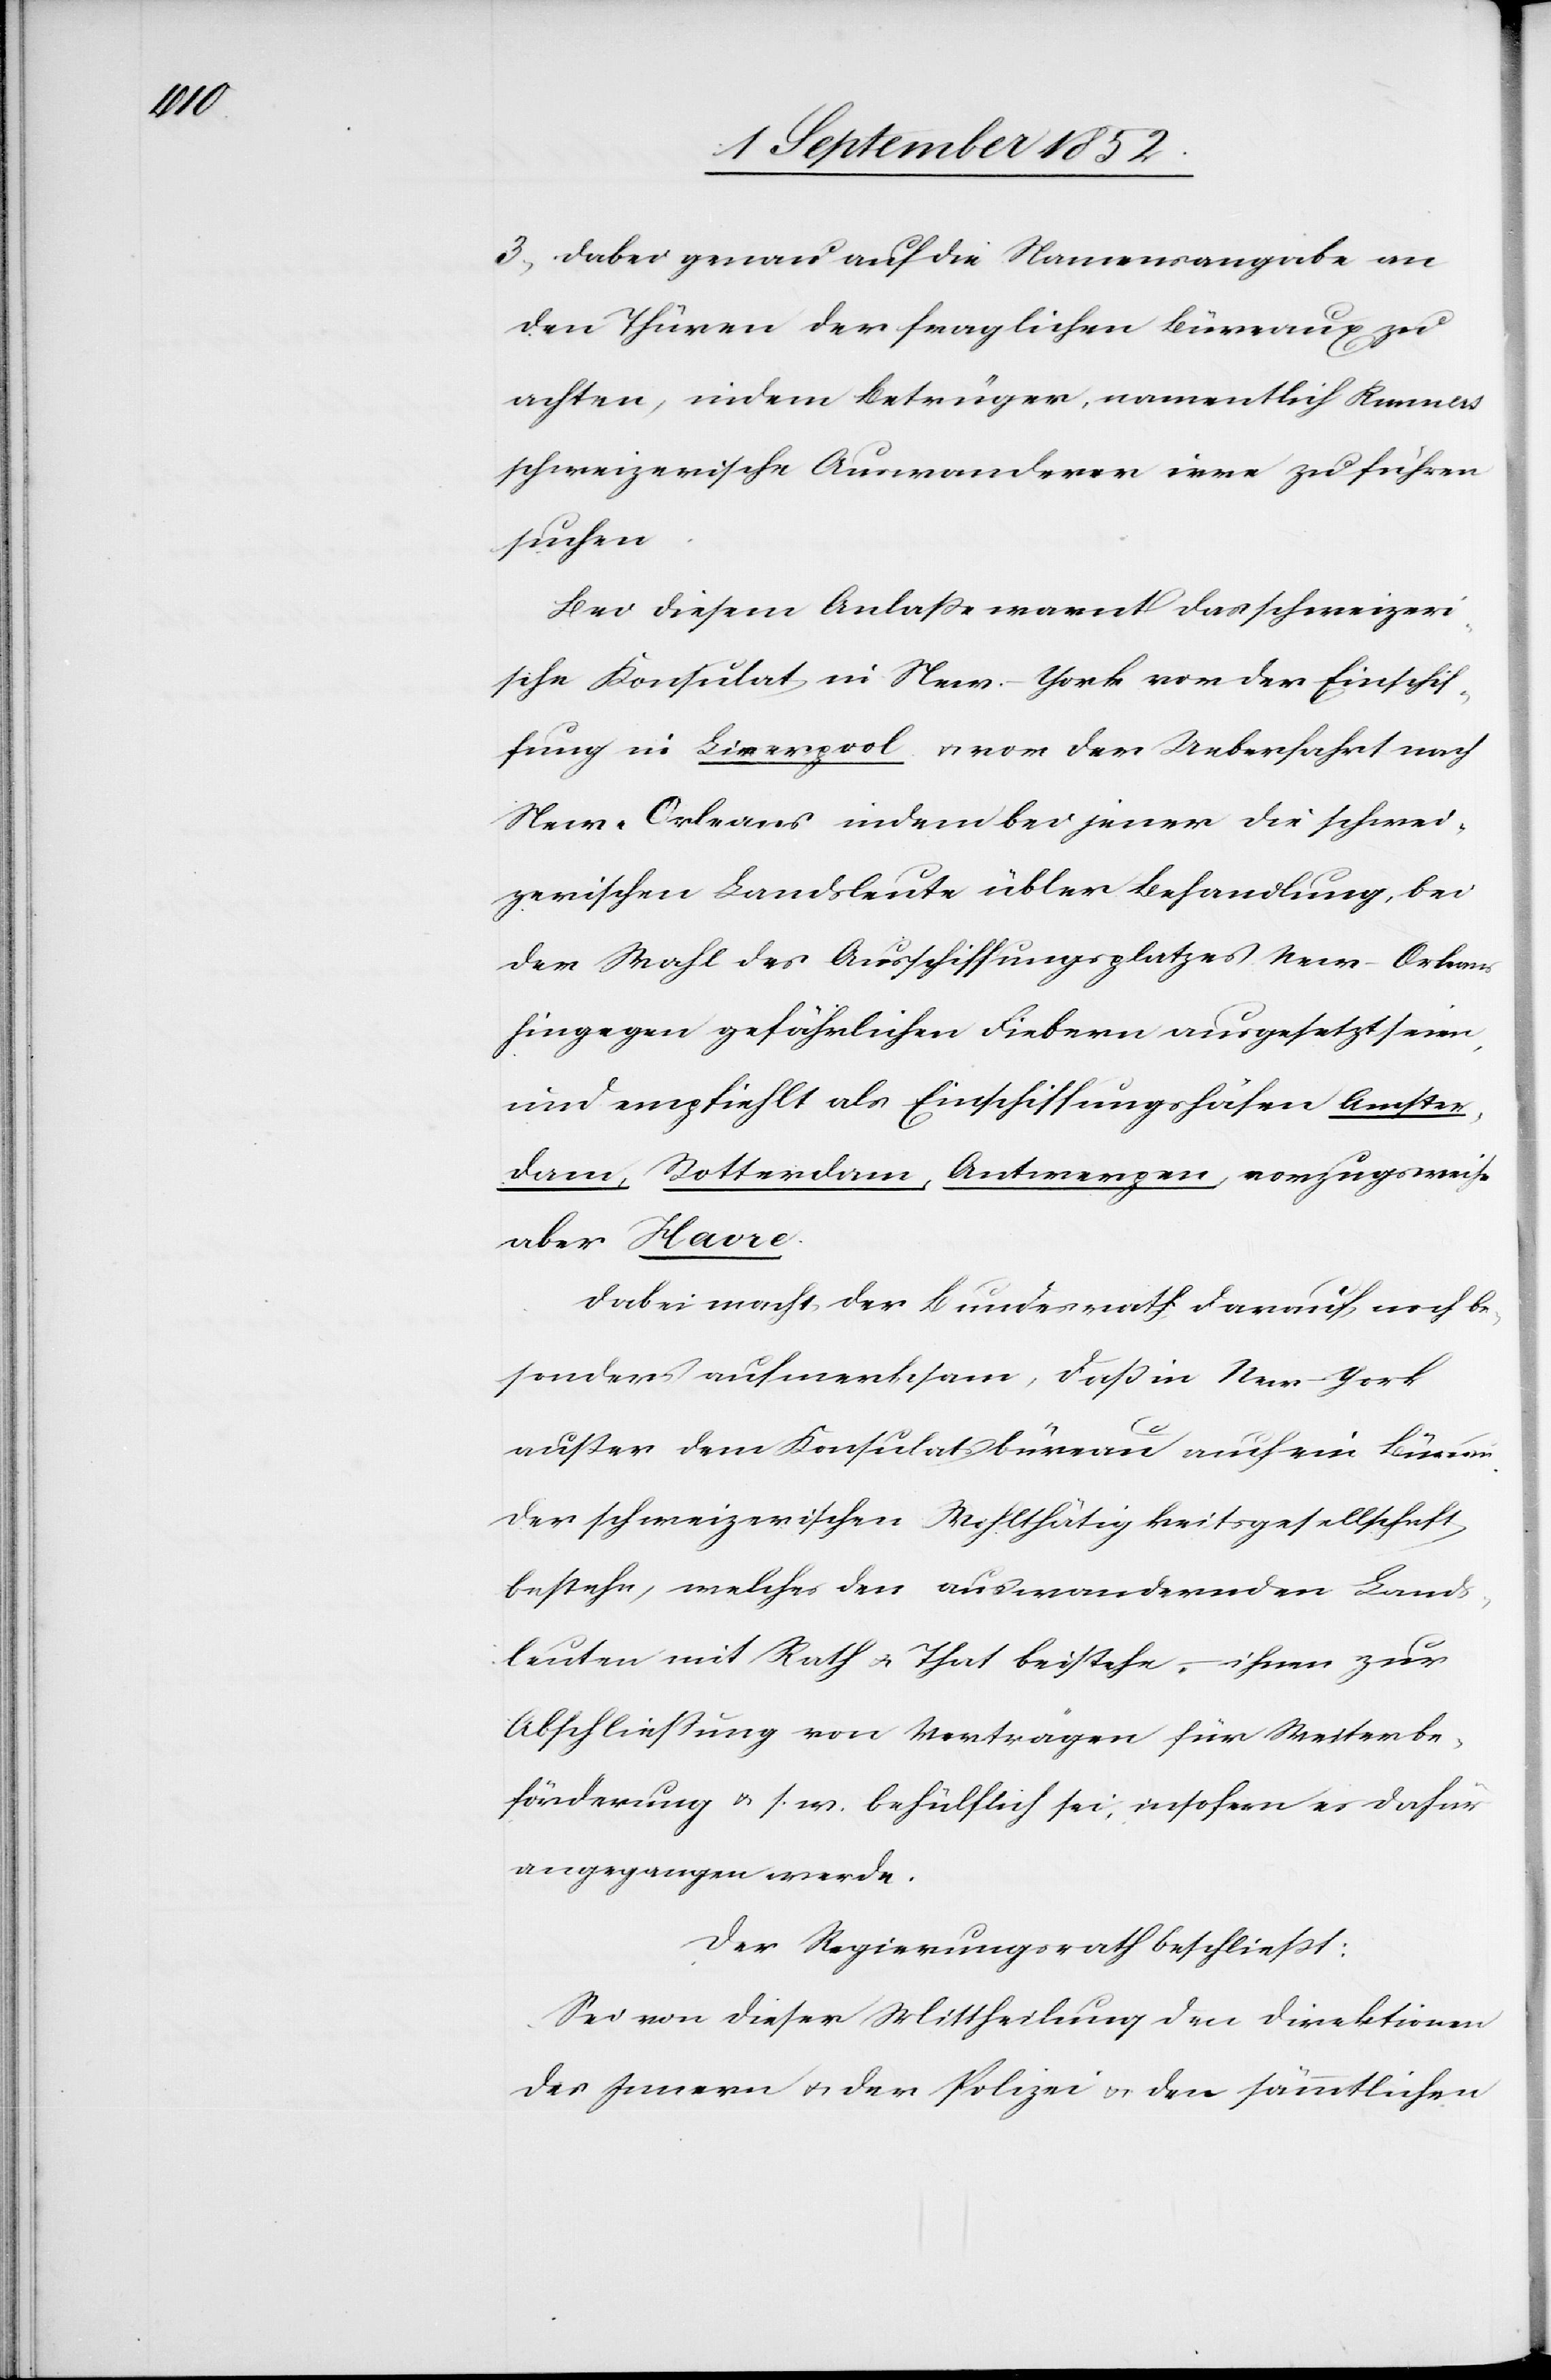
3, dabei genau auf die Namensangabe an
den Thüren der fraglichen Büreaux zu
achten, indem Betrüger, namentlich Runners
schweizerische Auswanderer irre zu führen
suchen.
Bei diesem Anlaße warnt das schweizeri¬
sche Konsulat in New-York vor der Einschif¬
fung in Liverpool & vor der Ueberfahrt nach
New-Orleans indem bei jener die schwei¬
zerischen Landsleute übler Behandlung, bei
der Wahl des Ausschiffungsplatzes New-Orleans
hingegen gefährlichen Fiebern ausgesetzt seien,
und empfiehlt als Einschiffungshäfen Amster¬
dam, Rotterdam, Antwerpen, vorzugsweise
aber Havre.
Dabei macht der Bundesrath darauf noch be¬
sonders aufmerksam, daß in New-York
außer dem Konsulatsbüreau auch ein Büreau
der schweizerischen Wohlthätigkeitsgesellschaft
bestehe, welches den auswandernden Land¬
sleuten mit Rath & That beistehe, – ihnen zur
Abschließung von Verträgen für Weiterbe¬
förderung & s. w. behülflich sei, insofern es dafür
angegangen werde.
Der Regierungsrath beschließt:
Sei von dieser Mittheilung den Direktionen
des Innern & der Polizei & den sämmtlichen